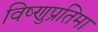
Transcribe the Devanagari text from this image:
विष्णुप्रतिमा